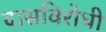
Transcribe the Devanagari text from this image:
दासविरोधी